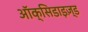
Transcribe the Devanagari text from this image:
ऑक्सिडाइज़्ड